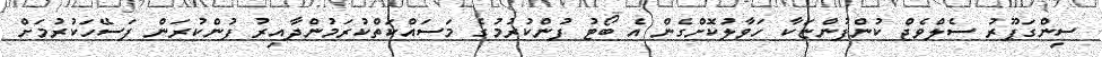
ސިންގަޕޫރު ސެލްވެޖް ކުންފުންޏަކާ ހަވާލުކޮށްގެން އެ ބޯޓު ފުންކުރުމުގެ މަސައްކަތްކުރަމުންދާއިރު ފުންކުރަން ފަސޭހަކުރުމަށް